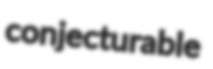
conjecturable